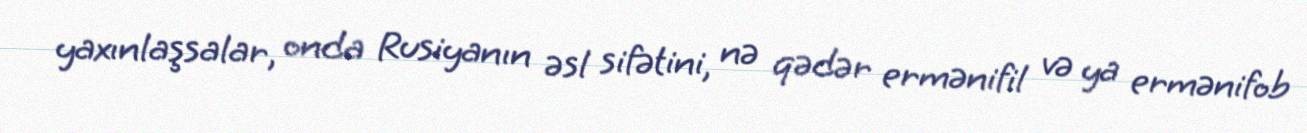
yaxınlaşsalar, onda Rusiyanın əsl sifətini, nə qədər ermənifil və ya ermənifob